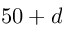
5 0 + d